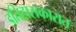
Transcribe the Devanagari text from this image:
इतिहासकारात